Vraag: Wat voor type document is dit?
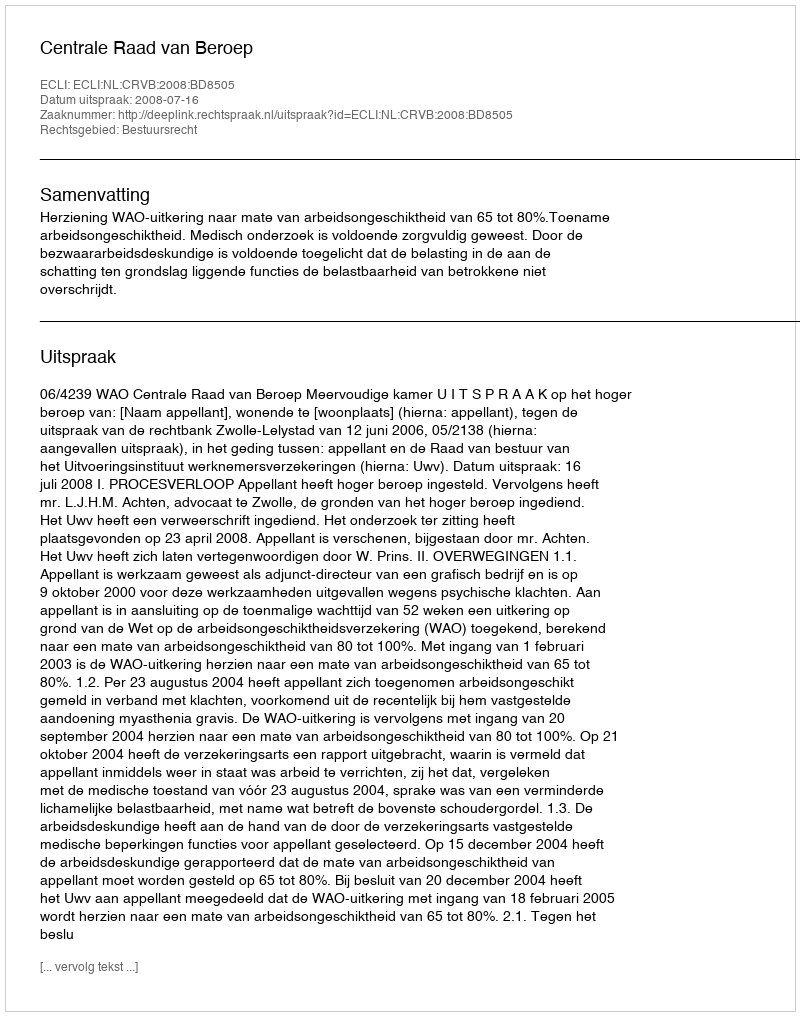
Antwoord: Uitspraak